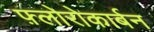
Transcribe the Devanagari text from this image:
फ़्लोरोकार्बन